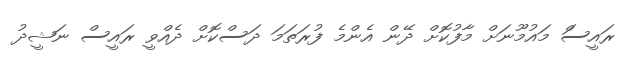
ރައީސަް މައުމޫނަށް މާފުކޮށް ދޭން އެންމެ ފުރަތަމަ ދަސްކޮށް ދެއްވީ ރައީސް ނަޝީދު